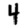
Digit: 4